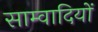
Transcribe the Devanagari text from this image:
साम्वादियों